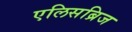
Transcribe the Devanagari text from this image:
एलिसब्रिज